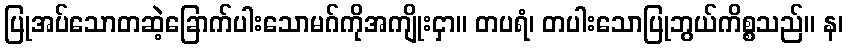
ပြုအပ်သောတဆဲ့ခြောက်ပါးသောမဂ်ကိုအကျိုးငှာ။ တပရံ၊ တပါးသောပြုဘွယ်ကိစ္စသည်။ န၊